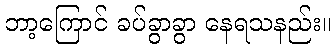
ဘာ့ကြောင် ခပ်ခွာခွာ နေရသနည်း။